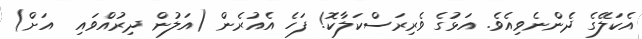
އެކަލޭގެ ދެންނެވިއެވެ. އަޅުގެ ވެރިރަސްކަލާކޮ! ފަހެ އެއުރެން (އަލުން ދިރުއްވައި  އަށް)